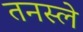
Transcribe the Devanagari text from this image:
तनस्ले